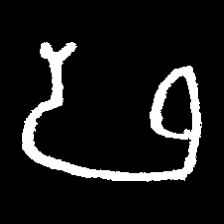
Pyu character \u2014 Myanmar letter: ဖ (romanized: pha)